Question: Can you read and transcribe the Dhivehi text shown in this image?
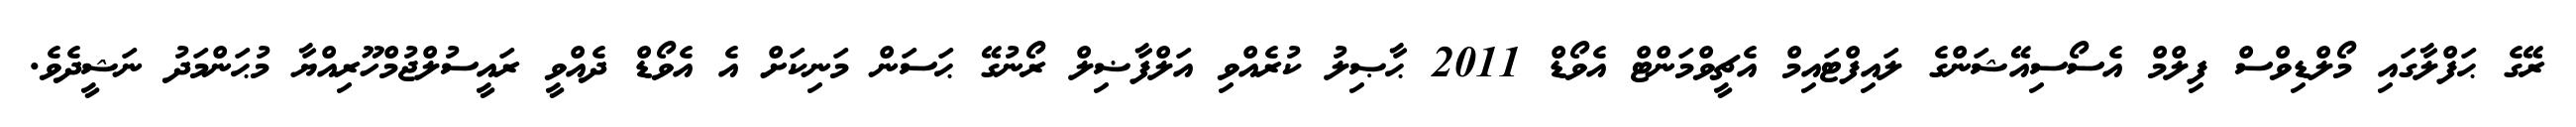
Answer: ރޭގެ ޙަފްލާގައި މޯލްޑިވްސް ފިލްމް އެސޯސިއޭޝަންގެ ލައިފްޓައިމް އެޗީވްމަންޓް އެވޯޑް 2011 ޙާޞިލު ކުރެއްވި އަލްފާޟިލް ރޯނުގޭ ޙަސަން މަނިކަށް އެ އެވޯޑް ދެއްވީ ރައީސުލްޖުމްހޫރިއްޔާ މުޙަންމަދު ނަޝީދެވެ.